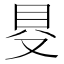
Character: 𠭁